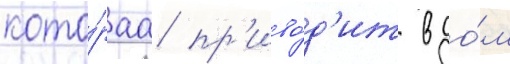
кото́раа пр'иво́д'ит в до́м